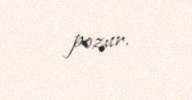
pozur.